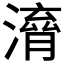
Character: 𣽱